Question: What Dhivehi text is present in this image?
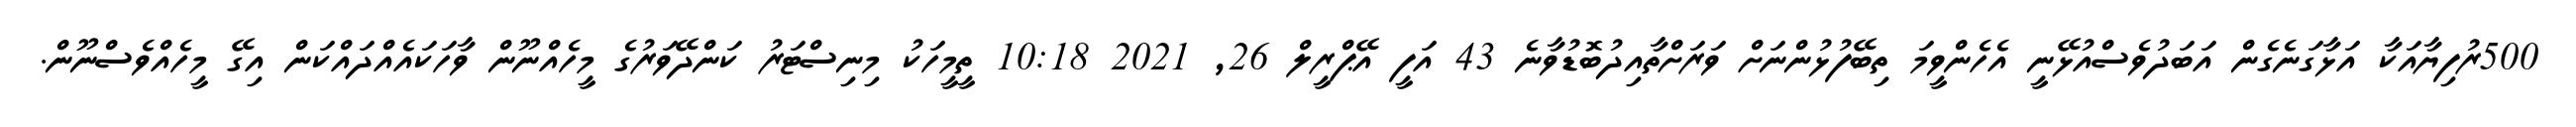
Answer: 500ރުފިޔާއަކާ އަޅާގަނެގެން އަބަދުވެސްއުޅޭނީ އެހެންވީމަ ތިބޭފުޅުންނަށް ވަރަށްތާއިދުބޮޑުވާނެ 43 އަފީ އޭޕްރީލް 26, 2021 10:18 ތީމީހަކު މިނިސްޓަރު ކަންދޭވަރުގެ މީހެއްނޫން ވާހަކައެއްދައްކަން އިގޭ މީހެއްވެސްނޫން.